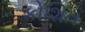
કોશિત